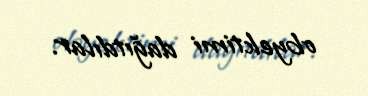
obyektimi dağıtdılar.